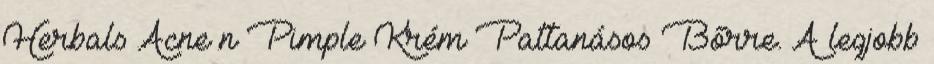
Herbals Acne n Pimple Krém Pattanásos Bőrre. A legjobb